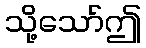
သို့သော်ဤ